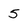
Character: 5